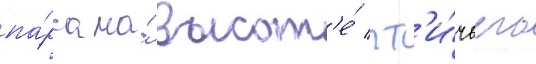
па́рка на́ высот'е́ пт'и́чьего